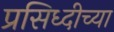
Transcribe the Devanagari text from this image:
प्रसिध्दीच्या